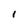
Character: 1